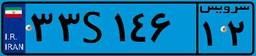
۶۲S۸۶۸۶۸